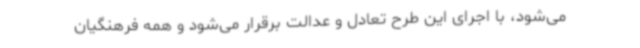
می‌شود، با اجرای این طرح تعادل و عدالت برقرار می‌شود و همه فرهنگیان